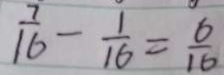
\frac { 7 } { 1 6 } - \frac { 1 } { 1 6 } = \frac { 6 } { 1 6 }